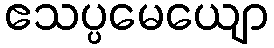
ဧသပ္ပမေယျော